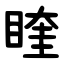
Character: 睳